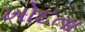
ખોદતા